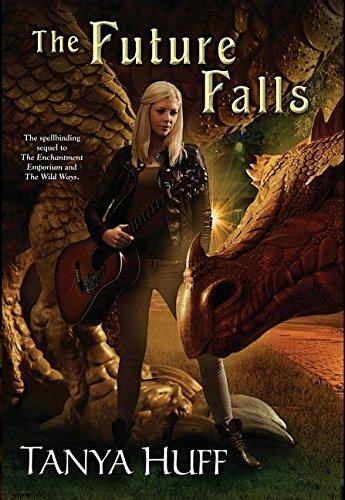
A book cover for The Future Falls: Book Three of the Enchantment Emporium; Tanya Huff; Science Fiction & Fantasy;